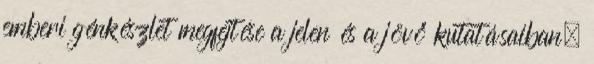
emberi génkészlet megfejtése a jelen és a jövő kutatásaiban,